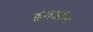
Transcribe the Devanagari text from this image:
इंगजांना